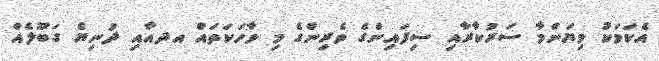
އެކަމަކު މިޔަންމާ ސަރުކާރާއި ސިފައިންގެ ވެރިންގެ މި ވާހަކަތައް އދއާއި ދުނިޔެ ގަބޫލެއް